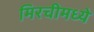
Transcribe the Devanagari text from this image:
मिरचीमध्ये